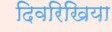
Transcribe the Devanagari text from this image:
दिवरिखिया